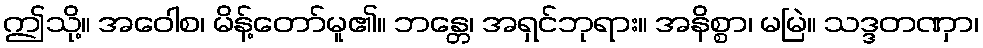
ဤသို့။ အဝေါစ၊ မိန့်တော်မူ၏။ ဘန္တေ၊ အရှင်ဘုရား။ အနိစ္စာ၊ မမြဲ။ သဒ္ဒတဏှာ၊